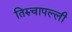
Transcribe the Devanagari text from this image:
तिरुचापल्ली